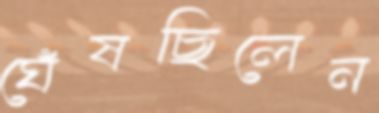
ঘেঁষছিলেন